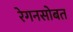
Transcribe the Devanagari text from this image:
रेगनसोबत